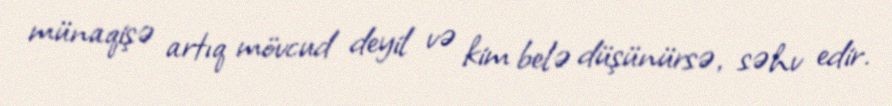
münaqişə artıq mövcud deyil və kim belə düşünürsə, səhv edir.